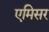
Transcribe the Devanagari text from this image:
एमिसर